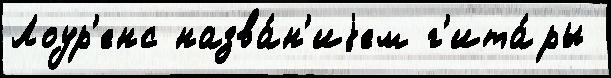
Лоур'енс назва́н'иjем г'ита́ры